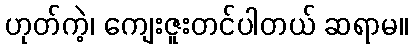
ဟုတ်ကဲ့၊ ကျေးဇူးတင်ပါတယ် ဆရာမ။